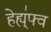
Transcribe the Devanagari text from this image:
हेह्य्॑फ्व